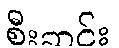
စီးဆင်း